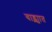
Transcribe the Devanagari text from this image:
वाड्श्यात